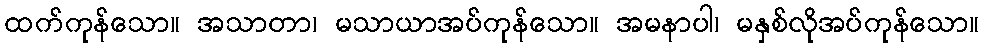
ထက်ကုန်သော။ အသာတာ၊ မသာယာအပ်ကုန်သော။ အမနာပါ၊ မနှစ်လိုအပ်ကုန်သော။